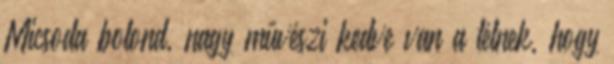
Micsoda bolond, nagy művészi kedve van a télnek, hogy